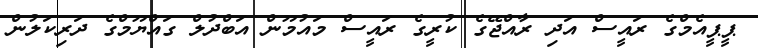
ޕީޕީއެމްގެ ރައީސް އަދި ރާއްޖޭގެ ކުރީގެ ރައީސް މައުމޫން އަބްދުލް ގައްޔޫމްގެ ދަރިކަލުން